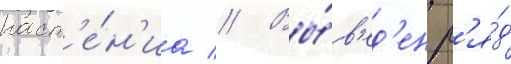
раст'е́н'иа // Вы́в'ед'ен р'я́д